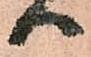
ハ